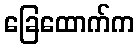
ခြေထောက်က